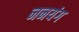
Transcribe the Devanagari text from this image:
ननयंग